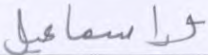
وإسماعيل